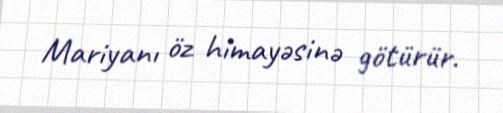
Mariyanı öz himayəsinə götürür.